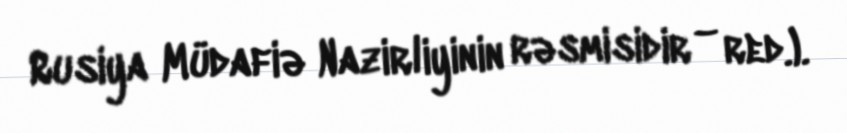
Rusiya Müdafiə Nazirliyinin rəsmisidir – red.).